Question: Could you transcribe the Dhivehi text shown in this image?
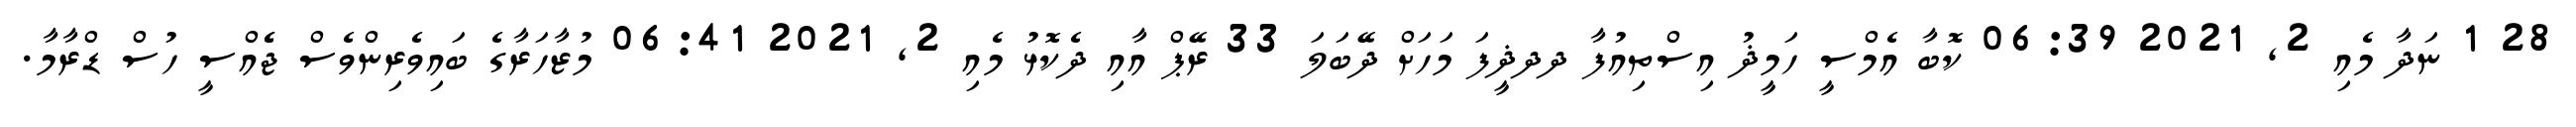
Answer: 28 1 ނަދާ މެއި 2, 2021 06:39 ކޮބާ އެމްސީ ހަމީޛު އިސްތިއުފާ ދދޛީފަ މަހަށް ދޭބަލަ 33 ރޭޕް އާއި ދެކޮޅު މެއި 2, 2021 06:41 މުޒާހަރާގެ ބައިވެރިންވެސް ޖެެއްސީ ހުސް ޑްރާމާ.